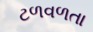
ટળવળતા